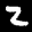
Label: 2